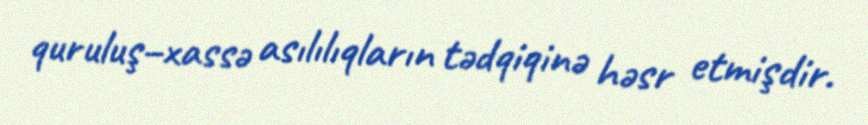
quruluş–xassə asılılıqların tədqiqinə həsr etmişdir.